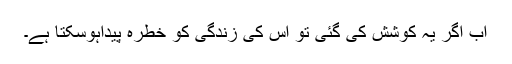
اب اگر یہ کوشش کی گئی تو اُس کی زندگی کو خطرہ پیداہوسکتا ہے۔